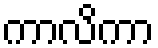
ကာလိကာ